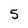
Character: 5